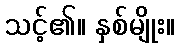
သင့်၏။ နှစ်မျိုး။